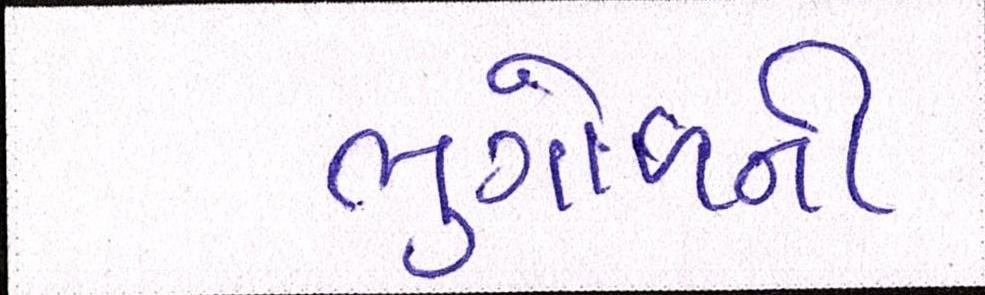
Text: ભુગોળની